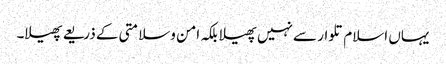
یہاں اسلام تلوار سے نہیں پھیلا بلکہ امن وسلامتی کے ذریعے پھیلا۔